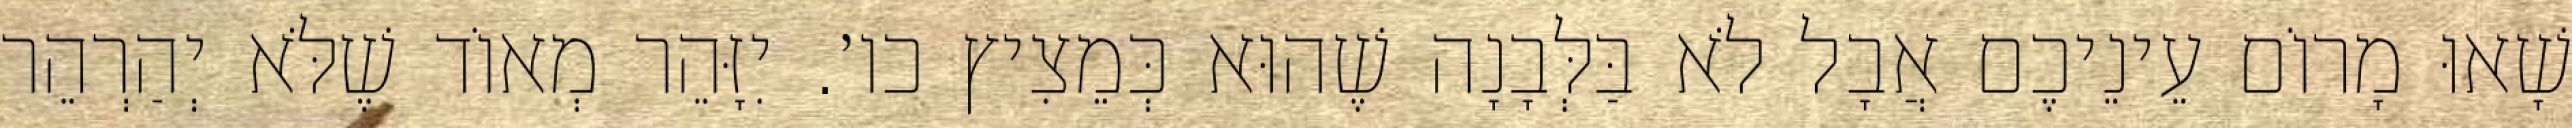
שָׁאוּ מָרוֹם עֵינֵיכֶם אֲבָל לֹא בַּלְּבָנָה שֶׁהוּא כְּמֵצִיץ כו׳. יִזָּהֵר מְאוֹד שֶׁלֹּא יְהַרְהֵר